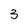
Character: 3